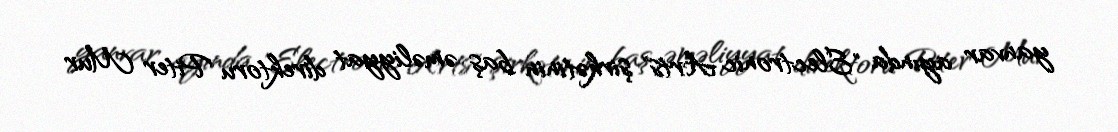
yanvar ayında "Electronic Arts" şirkətinin baş əməliyyat direktoru Piter Mur